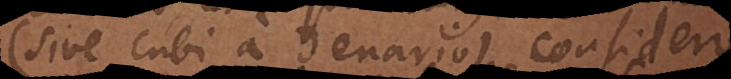
(seu cubi a denario) considero,